Indian journal of veterinary science and animal husbandry - Volumes 18-21, 1948-1951
Year: 1948
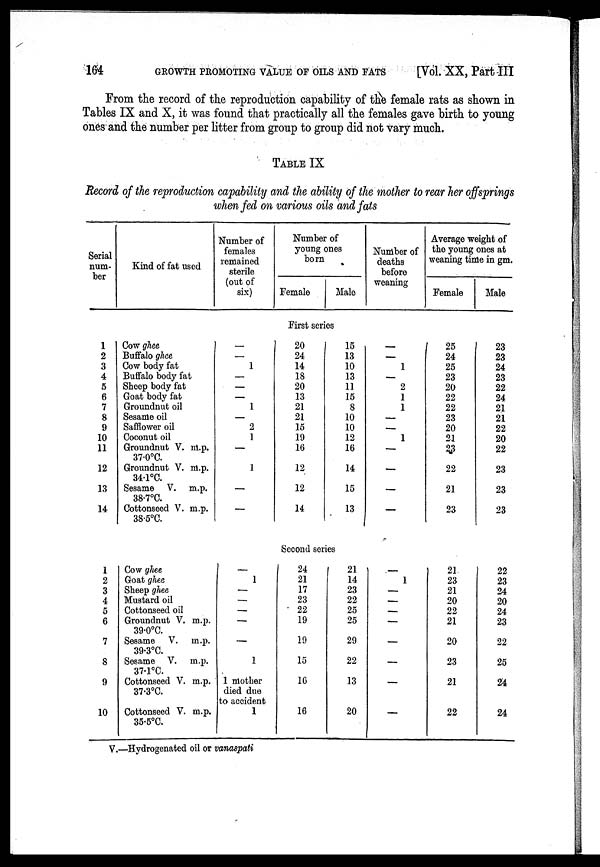
164
GROWTH PROMOTING VALUE OF OILS AND FATS
[Vol. XX, Part III
From the record of the reproduction capability of the female rats as shown in
Tables IX and X, it was found that practically all the females gave birth to young
ones and the number per litter from group to group did not vary much.
TABLE IX
Record of the reproduction capability and the ability of the mother to rear her offsprings
when fed on various oils and fats
Serial
num-
ber
Kind of fat used
Number of
females
remained
sterile
(out of
six)
Number of
young ones
born
Female Male
Number of
deaths
before
weaning
Average weight of
the young ones at
weaning time in gm.
Female Male
First series
1
2
3
4
5
6
7
8
9
10
11
12
13
14
Cow ghee
Buffalo ghee
Cow body fat
Buffalo body fat
Sheep body fat
Goat body fat
Groundnut oil
Sesame oil
Safflower oil
Coconut oil
Groundnut V. m.p.
37.0°C.
Groundnut V. m.p.
34.1°C.
Sesame V. m.p.
38.7°C.
Cottonseed V. m.p.
38.5°C.
—
—
1
—
—
—
1
—
2
1
—
1
—
—
20
24
14
18
20
13
21
21
15
19
16
12
12
14
15
13
10
13
11
15
8
10
10
12
16
14
15
13
—
—
1
—
2
1
1
—
—
1
—
—
—
—
25
24
25
23
20
22
22
23
20
21
23
22
21
23
23
23
24
23
22
24
21
21
22
20
22
23
23
23
Second series
1
2
3
4
5
6
7
8
9
10
Cow ghee
Goat ghee
Sheep ghee
Mustard oil
Cottonseed oil
Groundnut V. m.p.
39.0°C.
Sesame V. m.p.
39.3°C.
Sesame V. m.p.
37.1°C.
Cottonseed V. m.p.
37.3°C.
Cottonseed V. m.p.
35.5°C.
—
1
—
—
—
—
—
1
1 mother
died due
to accident
1
24
21
17
23
22
19
19
15
16
16
21
14
23
22
25
25
29
22
13
20
—
1
—
—
—
—
—
—
—
—
21
23
21
20
22
21
20
23
21
22
22
23
24
20
24
23
22
25
24
24
V.—Hydrogenated oil or vanaspati